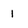
Character: 1